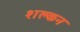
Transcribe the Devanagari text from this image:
शल्‍कन